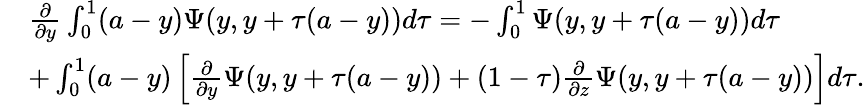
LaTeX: \begin{array}{rl}&{\frac{\partial}{\partial y}\int_{0}^{1}(a-y)\Psi(y,y+\tau(a-y))d\tau=-\int_{0}^{1}\Psi(y,y+\tau(a-y))d\tau}\\ &{+\int_{0}^{1}(a-y)\left[\frac{\partial}{\partial y}\Psi(y,y+\tau(a-y))+(1-\tau)\frac{\partial}{\partial z}\Psi(y,y+\tau(a-y))\right]d\tau.}\end{array}